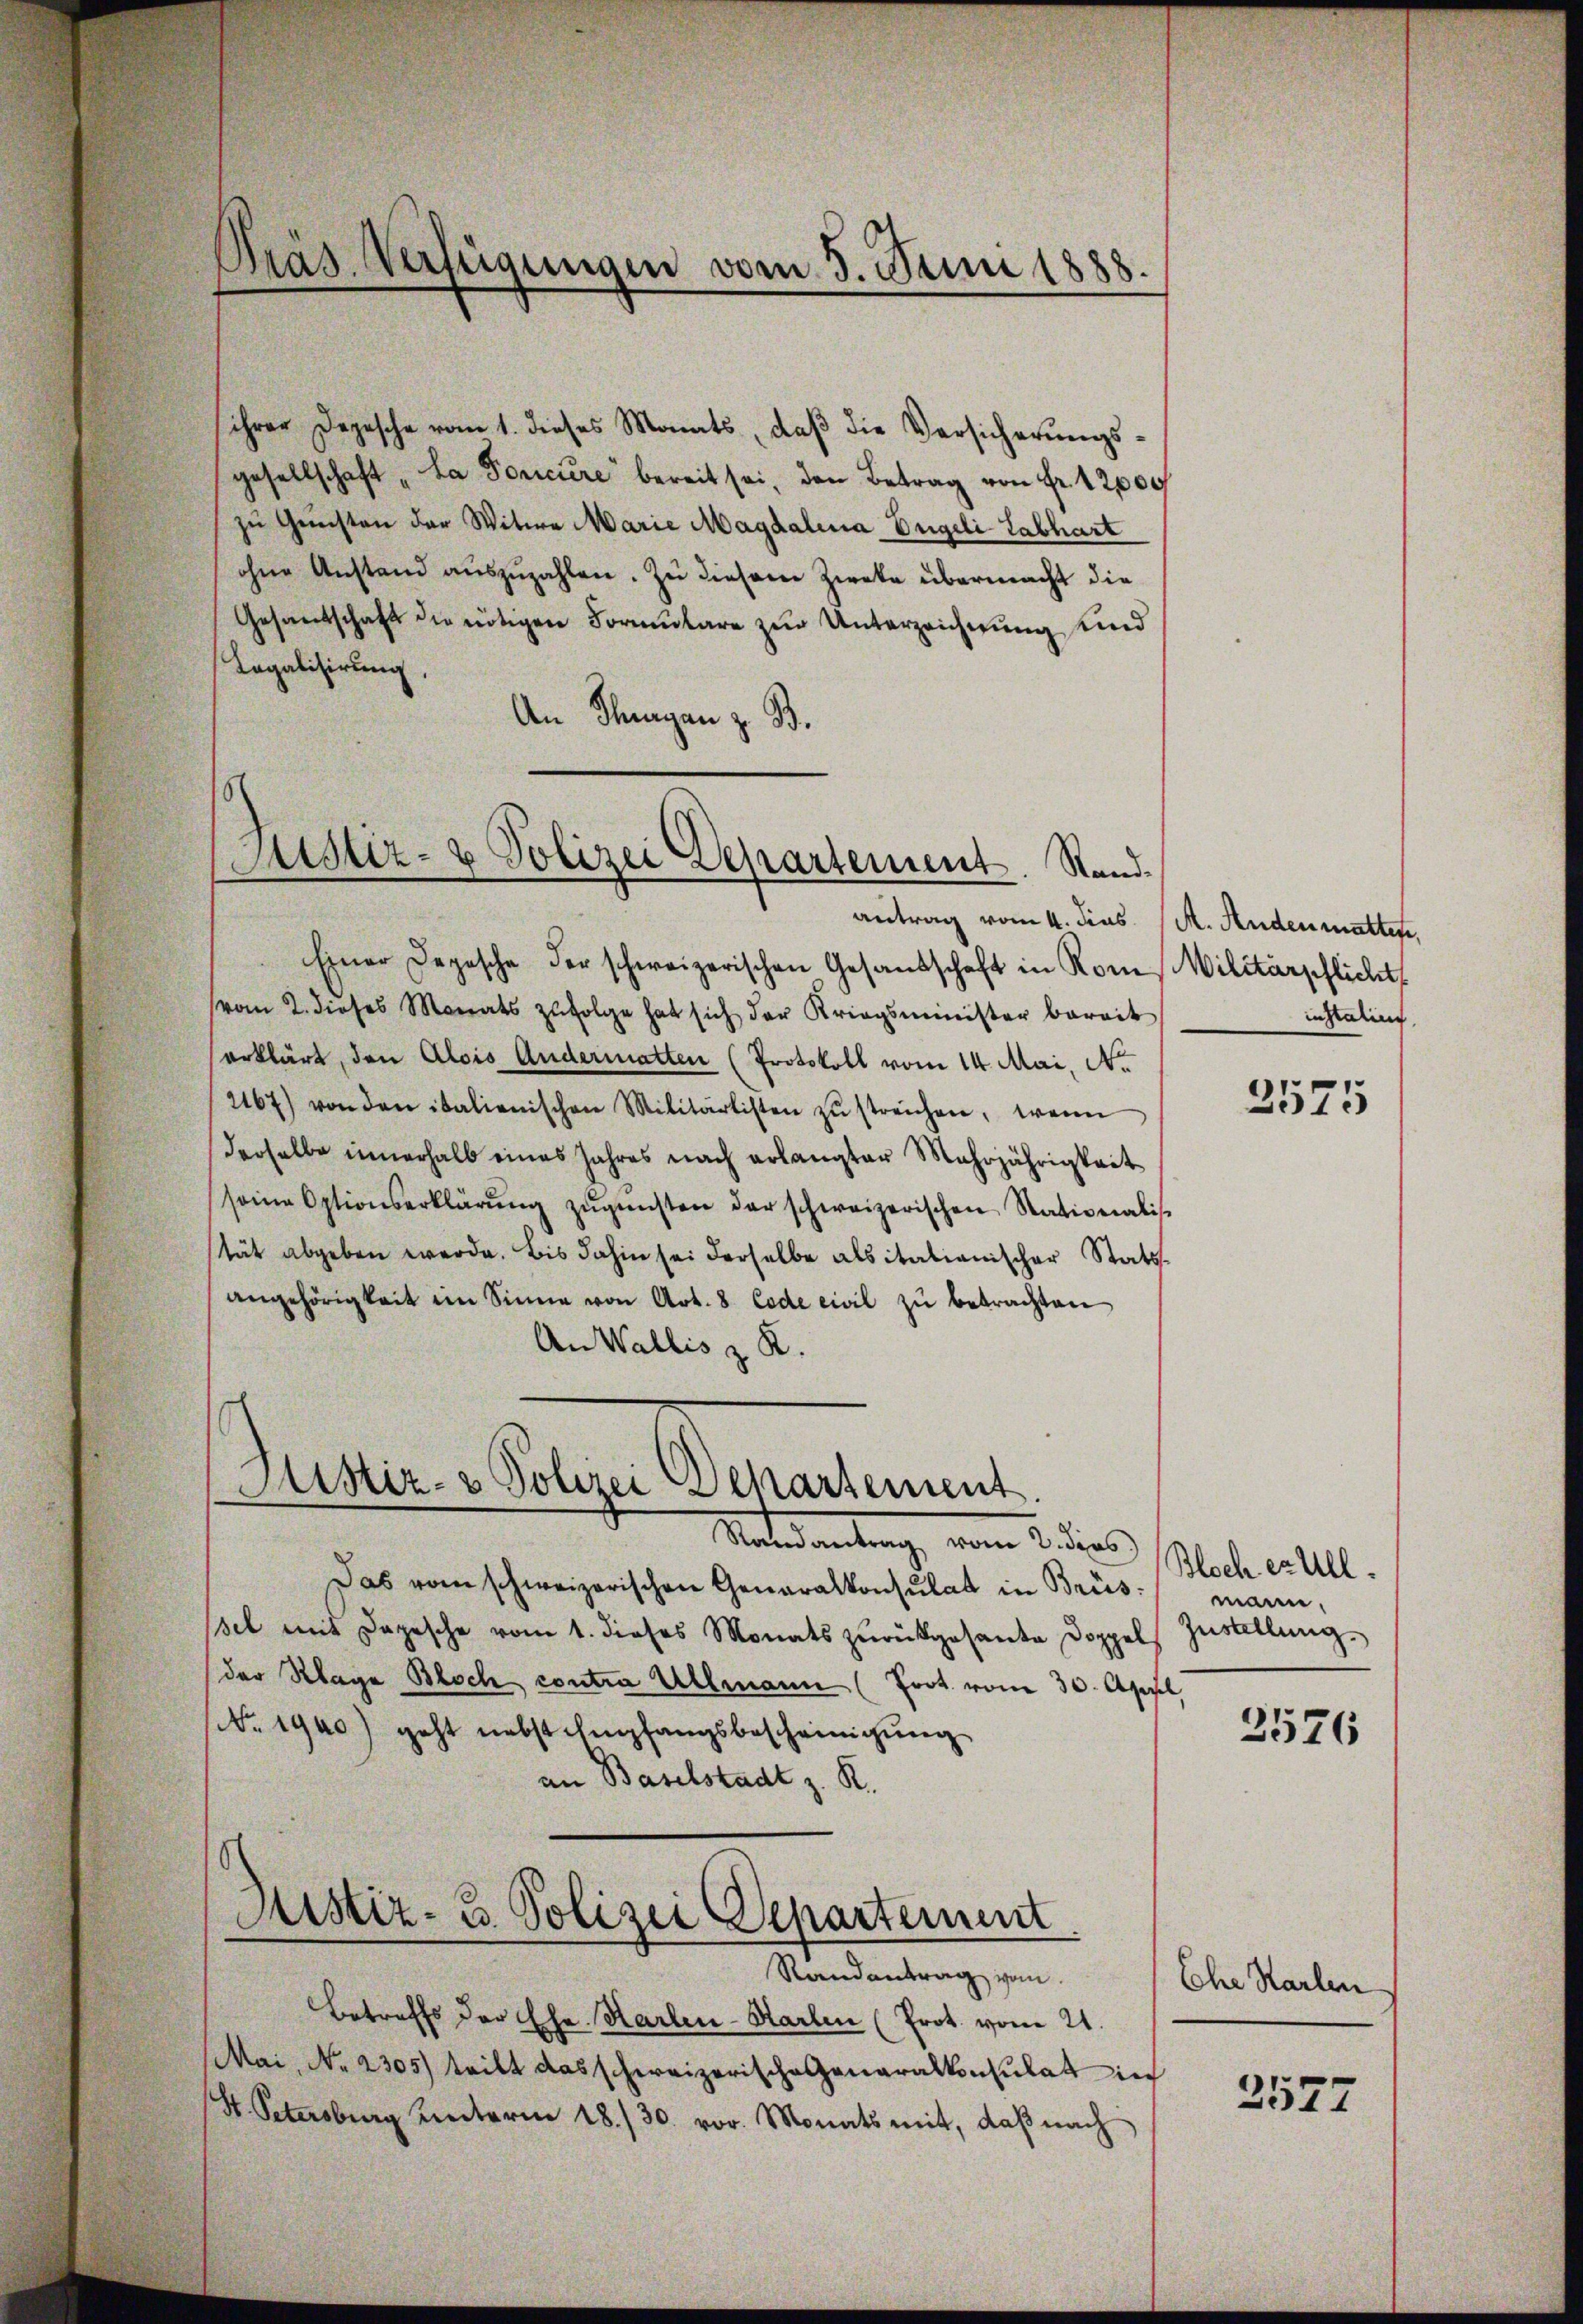
ihrer Depesche vom 1. dieses Monats, daß die Versicherungsgesellschaft „La Ponicire bereit sei, den Betrag von Fr. 12000
zu Gunsten der Witwe Marie Magdalena Dügeli Labhart
ohne Anstand aŭszŭzahlen. Zu diesem Zwecke übermacht die
Gesandschaft die nötigen Formulare zur Unterzeichnung und
Legalisirung,
An Thurgan z. B.

Präs. Verfügungen vom 5. Juni 1888.

Einer Depesche der schweizerischen Gesandschaft in Rom Militärpflicht
vom 2. dieses Monats zŭfolge hat sich der Kriegsminister bereit
erklärt, den Alois Andermatten (Protokoll vom 14. Mai, Nr.
2167) von den italienischen Militärlisten zŭ streichen, wenn
derselbe innerhalb eines Jahres nach erlangter Mehrjährigkeit
seine Optionserklärŭng zŭgŭnsten der schweizerischen Nationalis-
stät abgeben werde. Bis dahin sei derselbe alsitationischer Stats-
angehörigkeit im Sinne von Art. 8 Code civil zu betrachten
An Wallis z. K.

8
Justiz- & Polizei Departement. Standantrag vom 4. dies A. Andenmatten,

Justiz- & Polizei Departement.
.
Maedankung, vom 2. dies

Das vom schweizerischen Generalkonsulat in Brüs
sel mit Depesche vom 1. dieses Monats zŭrückgesante Doppels Zustellung
der Klage Bloch contra Ullmann (Prot. vom 30. April
(NNo. 1940) geht nebst Empfangsbescheinigung
an Baselstadt z. R.
.
Aistiz- u. Polizei Departement
Randantrag von
Betreffs der Ehe. Karten-Karten (Prot. vom 21.
Mai, No 2305) tritt das schweizerische Generalkonsulat in
H. Petersburg unterm 18./30. vor. Monats mit, daβ nach

instalin

3575

Bloch erull.
mann.

2576

Che Karlen

2577